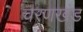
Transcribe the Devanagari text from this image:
चरणखंड